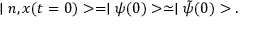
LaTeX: \mid n , x ( t = 0 ) > = \mid \psi ( 0 ) > \simeq \mid \tilde { \psi } ( 0 ) > .